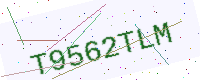
Text: T9562TLM